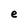
Character: e